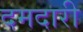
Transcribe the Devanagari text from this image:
दमदारी